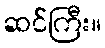
ဆင်ကြီး။